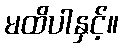
မထိပါနှင့်။